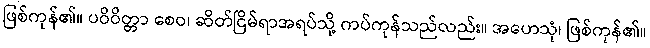
ဖြစ်ကုန်၏။ ပဝိဝိတ္တာ စေဝ၊ ဆိတ်ငြိမ်ရာအရပ်သို့ ကပ်ကုန်သည်လည်း။ အဟေသုံ၊ ဖြစ်ကုန်၏။